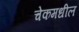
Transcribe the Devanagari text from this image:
चेकमधील